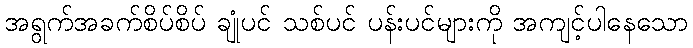
အရွက်အခက်စိပ်စိပ် ချုံပင် သစ်ပင် ပန်းပင်များကို အကျင့်ပါနေသော